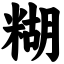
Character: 糊